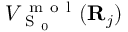
V _ { \mathrm { ~ S ~ } _ { 0 } } ^ { \mathrm { ~ m ~ o ~ l ~ } } ( { \bf { R } } _ { j } )